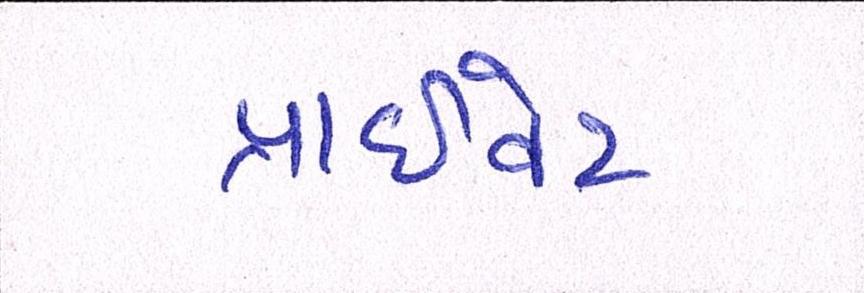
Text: પ્રાઈવેટ